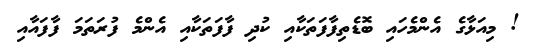
! މިއަޅާގެ އެންމެހައި ބޮޑެތިފާފަތަކާއި ކުދި ފާފަތަކާއި އެންމެ ފުރަތަމަ ފާފައާއި